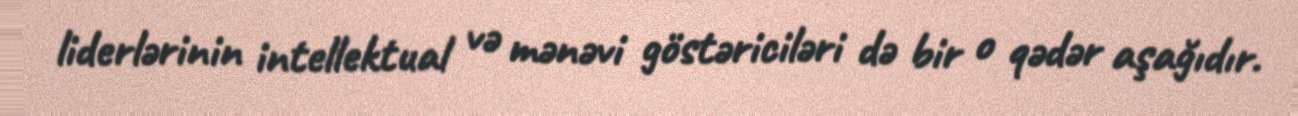
liderlərinin intellektual və mənəvi göstəriciləri də bir o qədər aşağıdır.